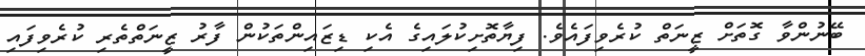
ބޭނުންވާ ގޮތަށް ޒީނަތް ކުރެވިފައެވެ. ފިޔާތޮށިކުލައިގެ އެކި ޑިޒައިންތަކުން ފާރު ޒީނަތްތެރި ކުރެވިފައި